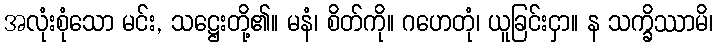
အလုံးစုံသော မင်း, သဋ္ဌေးတို့၏။ မနံ၊ စိတ်ကို။ ဂဟေတုံ၊ ယူခြင်းငှာ။ န သက္ခိဿာမိ၊